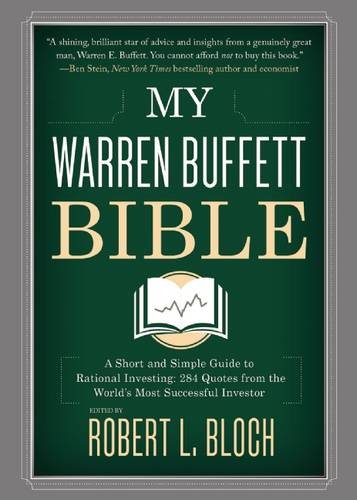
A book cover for My Warren Buffett Bible: A Short and Simple Guide to Rational Investing: 284 Quotes from the World's Most Successful Investor; Business & Money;